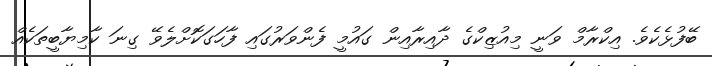
ބޭފުޅެކެވެ. އިކްރާމް ވަނީ މިއުޒިކްގެ ދާއިރާއިން ގައުމީ ފެންވަރުގައި ފާހަގަކޮށްލެވޭ ގިނަ ކާމިޔާބީތަކެއް